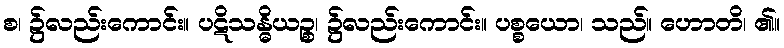
စ၊ ၌လည်းကောင်း။ ပဋိသန္ဓိယဉ္စ၊ ၌လည်းကောင်း။ ပစ္စယော၊ သည်။ ဟောတိ၊ ၏။